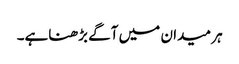
ہر میدان میں آگے بڑھناہے۔